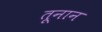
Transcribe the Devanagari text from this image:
तूनान